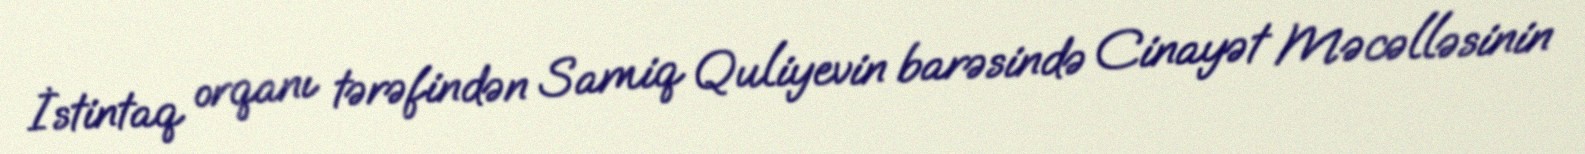
İstintaq orqanı tərəfindən Samiq Quliyevin barəsində Cinayət Məcəlləsinin